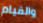
والقيام